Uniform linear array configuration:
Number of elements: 48
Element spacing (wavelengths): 0.25
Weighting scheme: hann
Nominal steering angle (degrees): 45
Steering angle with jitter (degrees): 44.065
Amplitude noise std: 0.05
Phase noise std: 0.05

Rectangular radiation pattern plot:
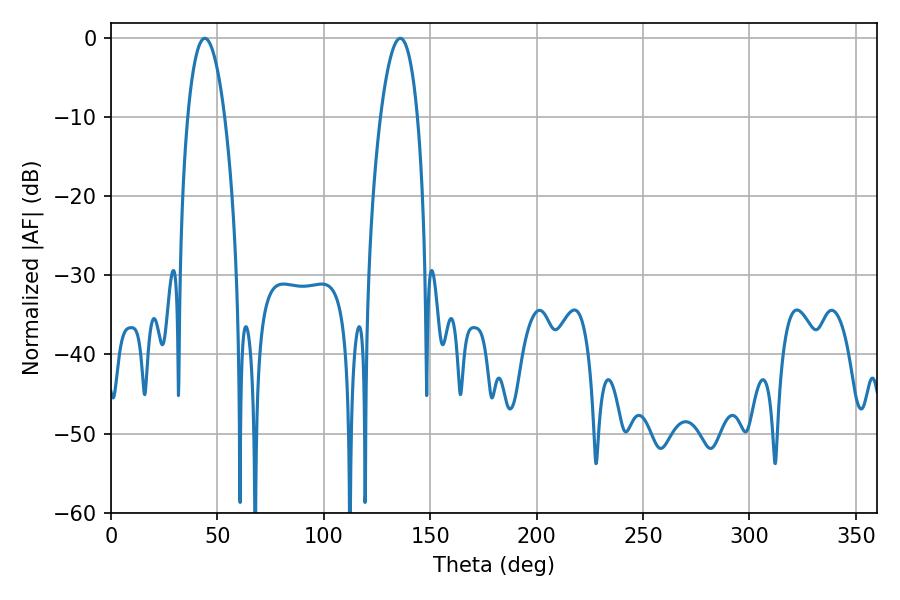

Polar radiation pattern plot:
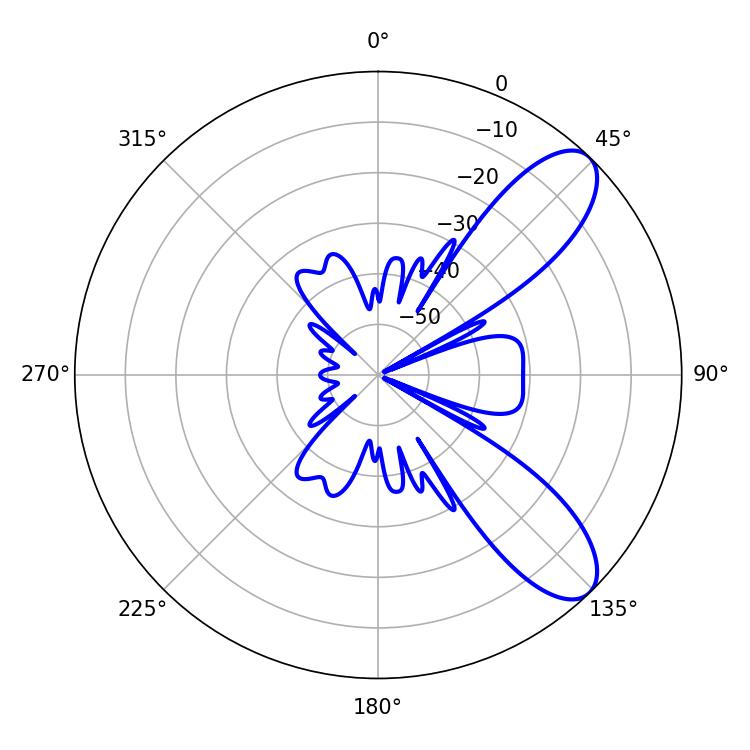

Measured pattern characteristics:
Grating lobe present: FALSE
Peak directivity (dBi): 8.996
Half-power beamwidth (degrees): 9.72
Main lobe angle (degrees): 44.1